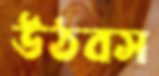
উঠবস